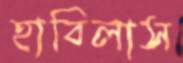
হাবিলাস